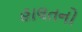
હાલતનો